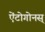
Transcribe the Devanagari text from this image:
ऐंटोगोनस्‌